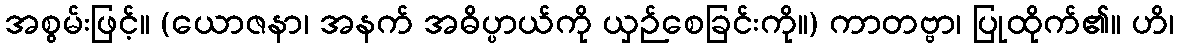
အစွမ်းဖြင့်။ (ယောဇနာ၊ အနက် အဓိပ္ပာယ်ကို ယှဉ်စေခြင်းကို။) ကာတဗ္ဗာ၊ ပြုထိုက်၏။ ဟိ၊